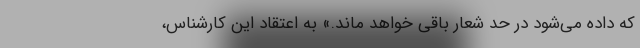
که داده می‌شود در حد شعار باقی خواهد ماند.» به اعتقاد این کارشناس،